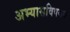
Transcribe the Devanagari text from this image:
अभ्यासविषयक